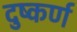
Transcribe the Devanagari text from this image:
दुष्कर्ण